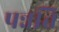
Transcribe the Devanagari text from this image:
पन्नति